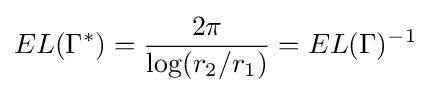
EL(\Gamma ^{*})={\frac {2\pi }{\log(r_{2}/r_{1})}}=EL(\Gamma )^{-1}